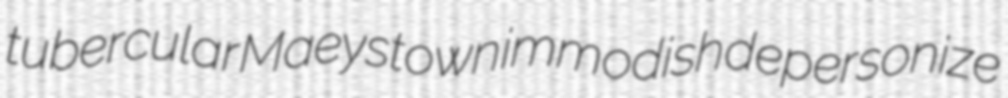
tubercular Maeystown immodish depersonize